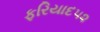
ફરિયાદ૫૨